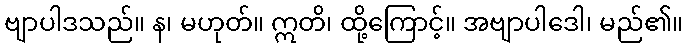
ဗျာပါဒသည်။ န၊ မဟုတ်။ ဣတိ၊ ထို့ကြောင့်။ အဗျာပါဒေါ၊ မည်၏။